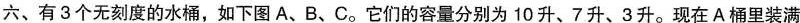
六、有3个无刻度的水桶，如下图A、B、C。它们的容量分别为10升、7升、3升。现在A桶里装满